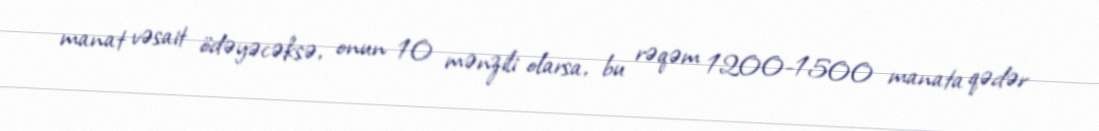
manat vəsait ödəyəcəksə, onun 10 mənzili olarsa, bu rəqəm 1200-1500 manata qədər